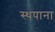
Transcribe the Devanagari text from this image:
स्थपाना